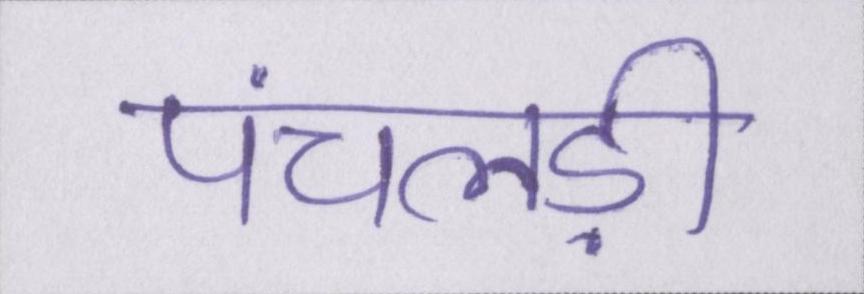
पंचलड़ी